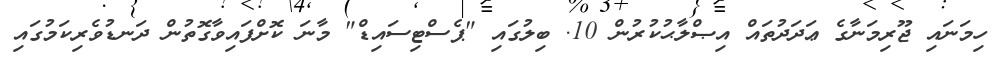
ހިމަނައި ޖޫރިމަނާގެ ޢަދަދުތައް އިޞްލާޙުކުރުން 10. ބިލުގައި "ޕެސްޓިސައިޑް" މާނަ ކޮށްފައިވާގޮތުން ދަނޑުވެރިކަމުގައި